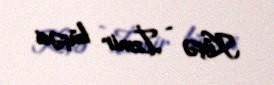
Küçə - İzmir küçəsi